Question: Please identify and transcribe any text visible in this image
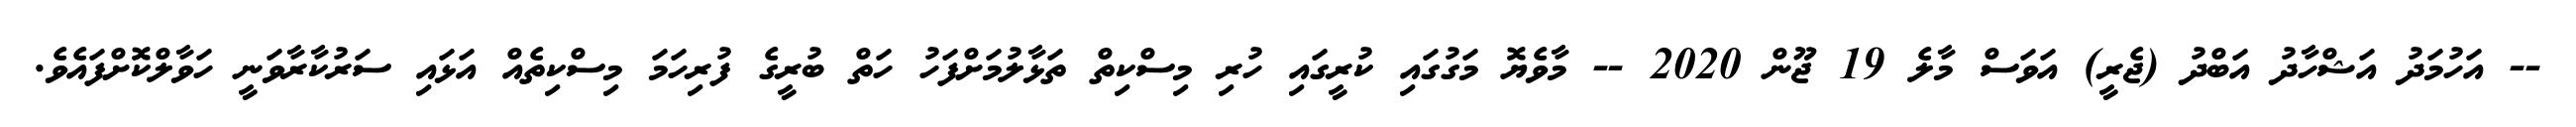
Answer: -- އަހުމަދު އަޝްހާދު އަބްދު (ޖެރީ) އަވަސް މާލެ 19 ޖޫން 2020 -- މާވެޔޮ މަގުގައި ކުރީގައި ހުރި މިސްކިތް ތަޅާލުމަށްފަހު ހަތް ބުރީގެ ފުރިހަމަ މިސްކިތެއް އަޅައި ސަރުކާރާވަނީ ހަވާލްކޮށްފައެވެ.